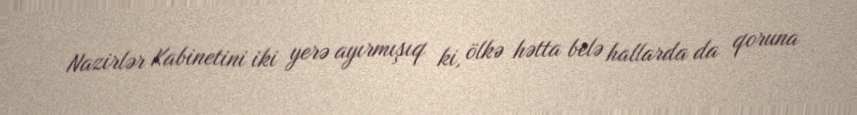
Nazirlər Kabinetini iki yerə ayırmışıq ki, ölkə hətta belə hallarda da qoruna